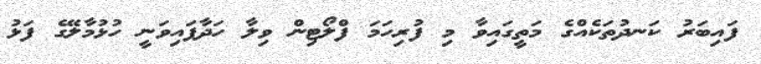
ފައިބަރު ކަނދުތަކެއްގެ މަތީގައިވާ މި ފުރިހަމަ ފްލޯޓިން ވިލާ ހަދާފައިވަނީ ހުޅުމާލޭގެ ފަޅު